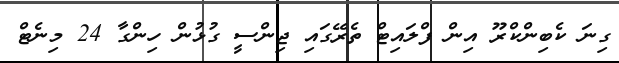
ގިނަ ކެބިންކްރޫ އިން ފްލައިޓް ތެރޭގައި ޖިންސީ ގުޅުން ހިންގާ 24 މިނެޓް